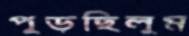
পুড়ছিলুম